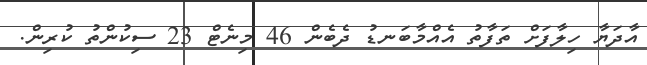
އާދަޔާ ހިލާފަށް ތަފާތު އެއްމާބަނޑު ދެބެން 46 މިނެޓް 23 ސިކުންތު ކުރިން.